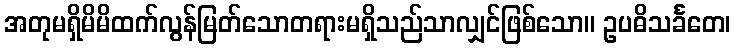
အတုမရှိမိမိထက်လွန်မြတ်သောတရားမရှိသည်သာလျှင်ဖြစ်သော။ ဥပဓိသင်္ခတေ၊